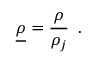
\underline { { \rho } } = \frac { \rho } { \rho _ { j } } \, \mathrm { ~ . ~ }